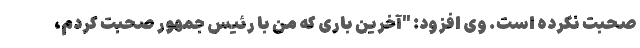
صحبت نکرده است. وی افزود: "آخرین باری که من با رئیس جمهور صحبت کردم،